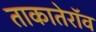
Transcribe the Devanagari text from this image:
ताकातेराॅव